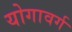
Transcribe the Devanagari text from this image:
योगावर्ग